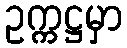
ဥက္ကဋ္ဌမှာ